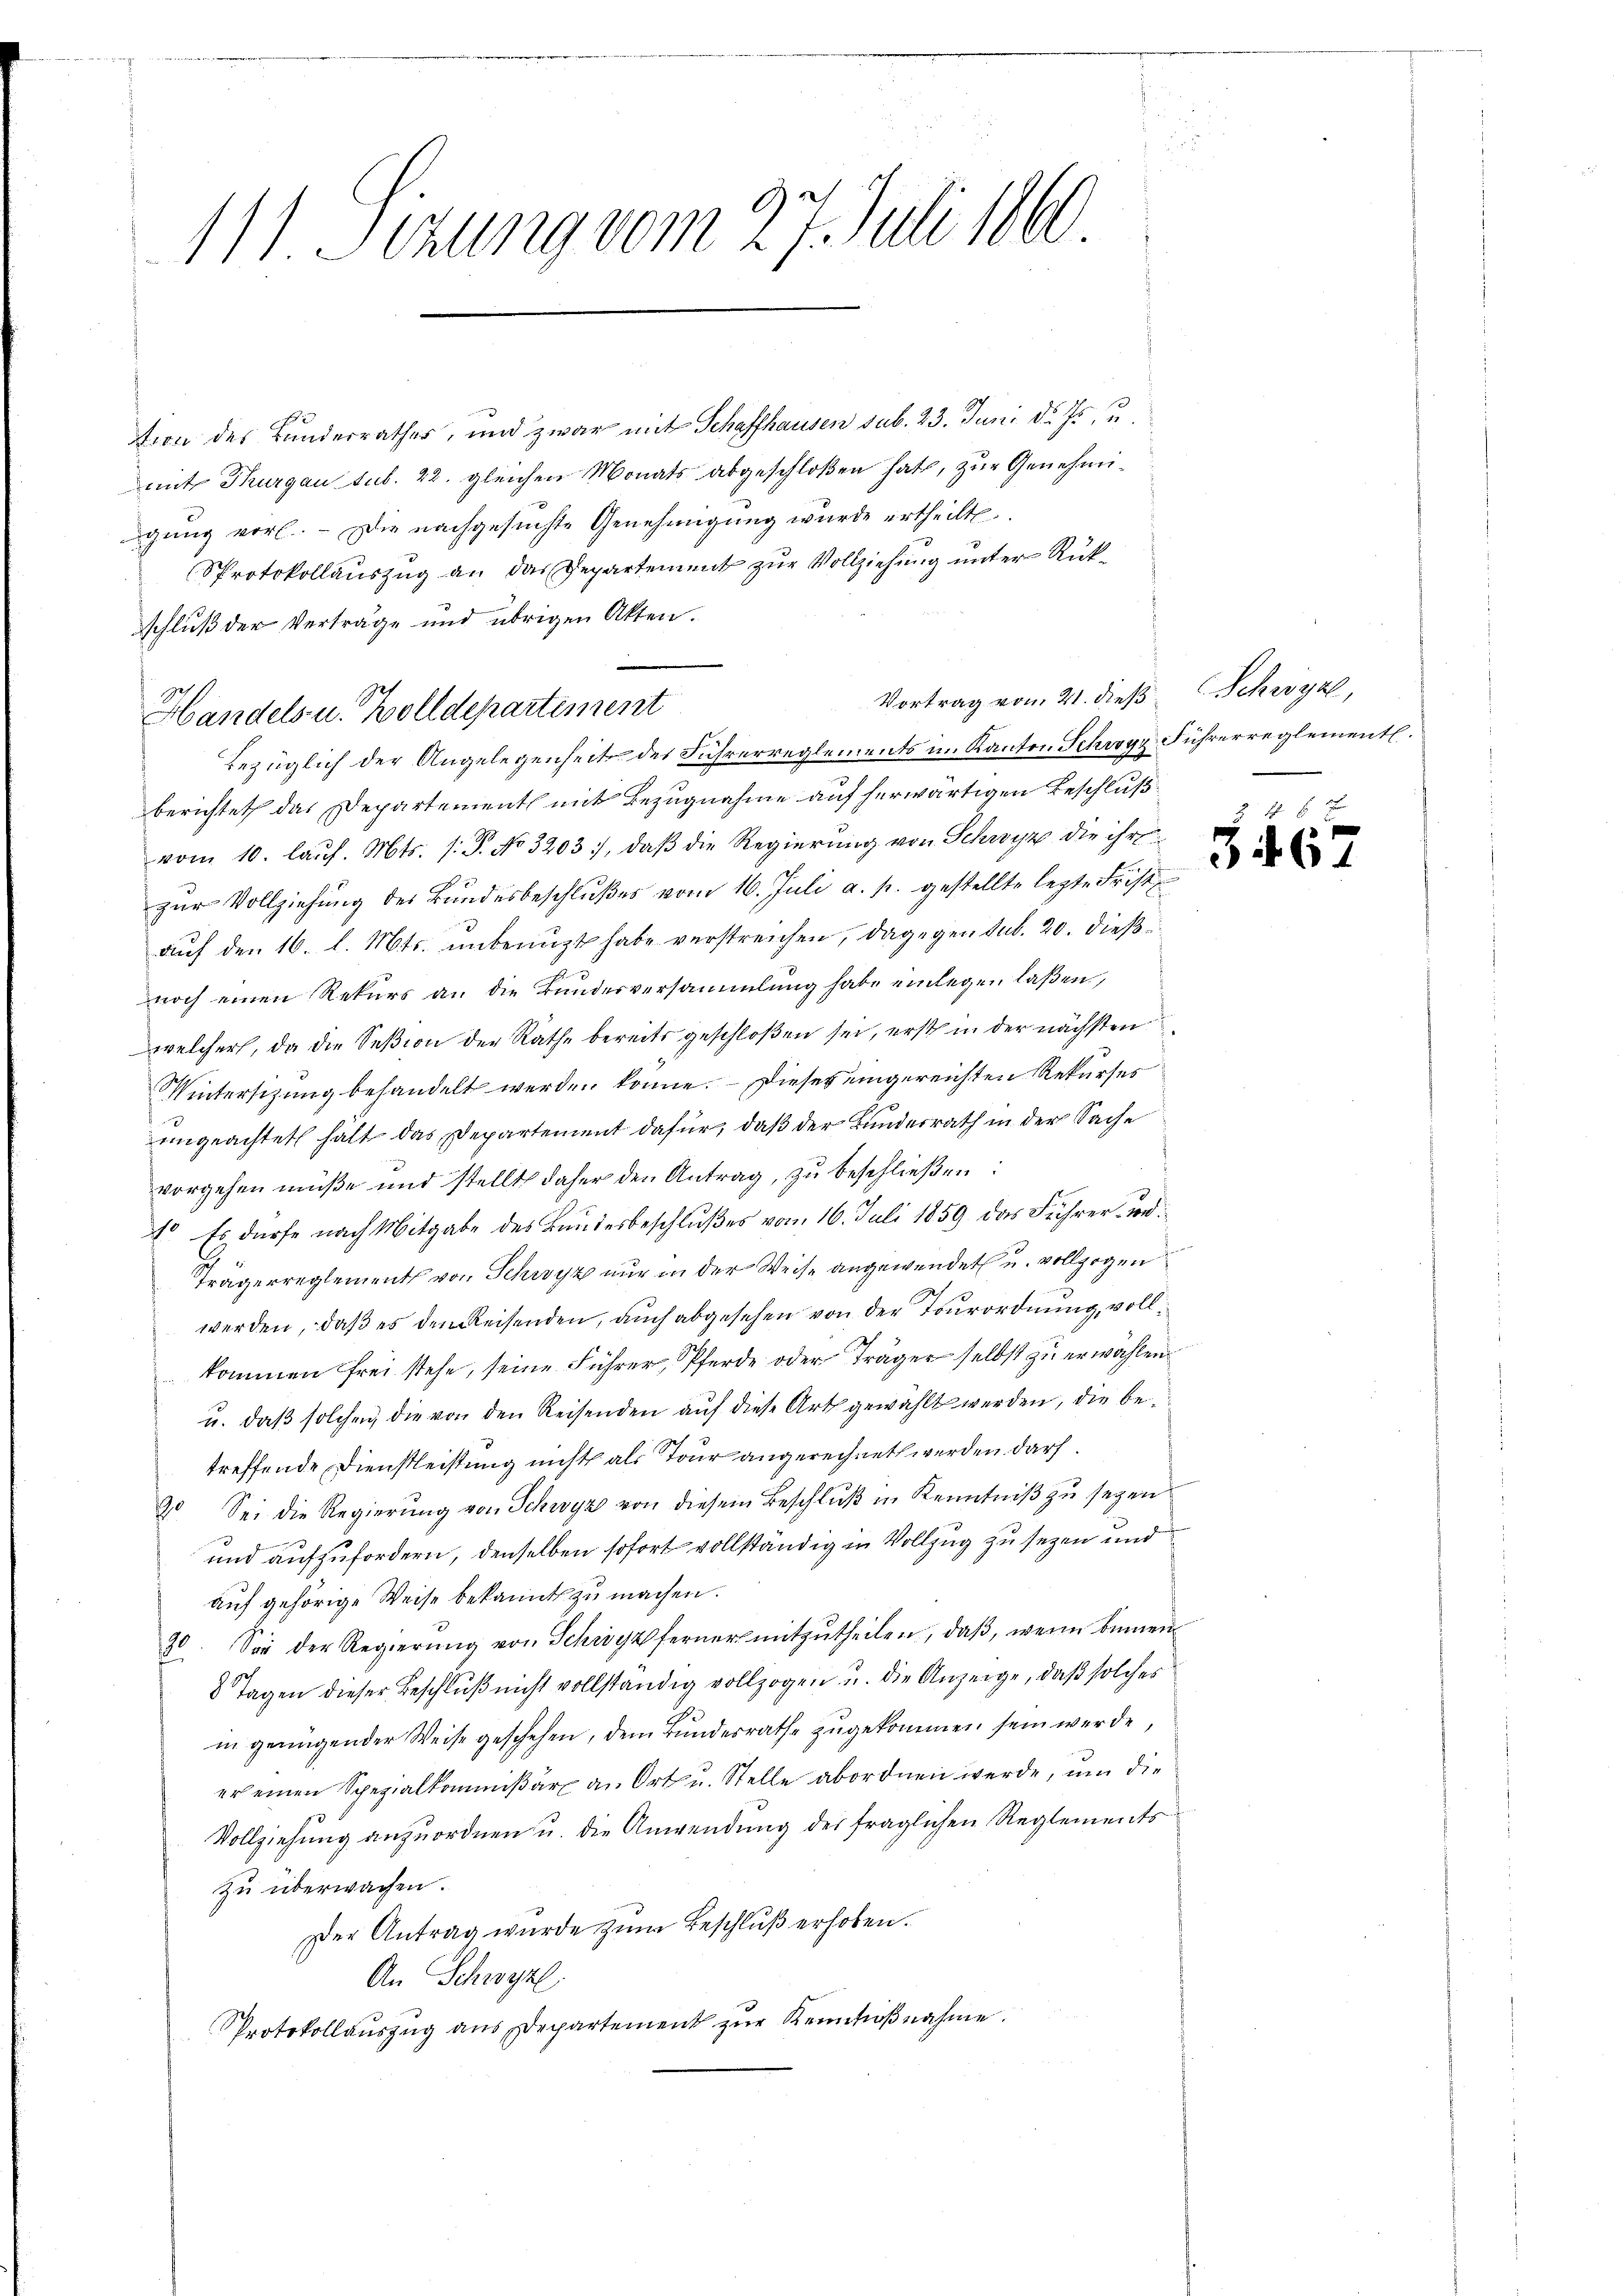
111. Sizung vom 27. Juli 1860.

tion des Bundesrathes, und zwar mit Schaffhausen sub. 23. Juni d. Js. u
mit Thurgau sub. 22. gleichen Monats abgeschloßen hat, zur Genehmigung vorl.. - Die nachgesunste Genehmigung wurde ertheilt.
Sprotokollauszug an das Departement zur Vollziehung unter Rückschluß der Verträge und übrigen Akten.
Bezüglich der Angelegenheit des Führerreglements in Kanton Schwyz Führerreglement.
berichtet das Departement mit Bezugnahme auf herwärtigen Beschluß
vom 10. laŭf. Mts. (: P. No 3203, daβ die Regierung von Schwyz die ihre
zur Vollziehung des Bundesbeschlußes vom 16. Juli a. p. gestellte lezte Frist
auf den 16. l. Mts. unbenuzt habe verstreichen, dagegen sub. 20. dießnoch einen Rekurs an die Bunderversammlung habe einlegen laßen,
welcher, da die Seßion der Rathe bereits geschloßen sei, erst in der nächsten
Wintersitzung behandelt werden könne. – Dieses eingereichten Rekurses
ungeachtet hält das Departement dafür, daß der Bundesrath in der Sache
vorgehen müße und stellt daher den Antrag, zŭ beschlieβen:
4o Es dürfe nach Mitgabe des Bundesbeschlußes vom 16. Juli 1859 das Führer und
Trägerreglement von Schwyz nur in der Weise angewendet u. vollzogen
werden, daß es den Reisenden, auch abgesehen von der Tourordnung, vollkommen frei stehe, seine Führer, Pferde oder Träger selbst zu erwählen.
u. daß solchen, die von den Reisenden auf diese Art gewählt werden, die betreffende Dienstleistung nicht als Tour angerechnet werden darf.
20 Sei die Regierŭng von Schwyz von diesem Beschlŭβ in Kenntniβ zŭ seyen.
und aufzufordern, denselben sofort vollständig in Vollzug zu sezen und
auf gehörige Weise bekannt zu machen.
20. Sie der Regierŭng von Schwyz ferner mitzŭtheilen, daβ, wenn binnen
8 Tagen dieser Beschluß nicht vollständig vollzogen u. die Anzeige, daß solches
in genügender Weise geschehen, dem Bundesrathe zugekommen sein werde,
er einen Spezialkommißär an Ort u. Stelle abordnen werde, um die
Vollziehung anzuordnen u. die Anwendung des fraglichen Reglements
zu überwachen.
Der Antrag wurde zum Beschluß erhoben.
An Schwyz.
Protokollauszug aus Departement zur Keinlaβnahme.

e
Handels u. Bolldepartement

Vortrag vom 21. dieß Schwyz,

5